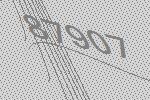
87907